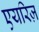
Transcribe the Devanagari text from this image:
एयरिज़